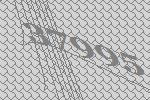
37995